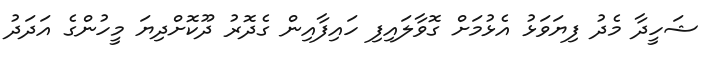
ޝަހީދާ މެދު ފިޔަވަޅު އެޅުމަށް ގޮވާލައިފި ހައިފާއިން ގެދޮރު ދޫކޮށްދިޔަ މީހުންގެ އަދަދު